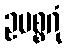
ဥပစ္စဂုံ